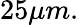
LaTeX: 25\mu m.